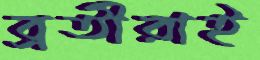
ব্রতীরাই